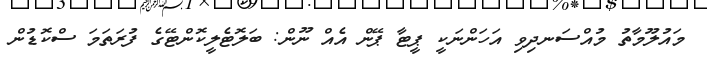
މައުލޫމާތު މުއްސަނދިވި އަހަންނަކީ ޕީޓާ ޕޭން އެއް ނޫން: ބަލޮޓެލީކޮންޓޭގެ ފުރަތަމަ ސްކޮޑުން